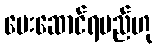
ပေးဆောင်ရမည်ဟု